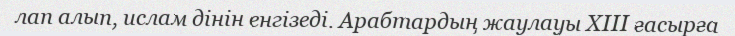
лап алып, ислам дінін енгізеді. Арабтардың жаулауы XIII ғасырға